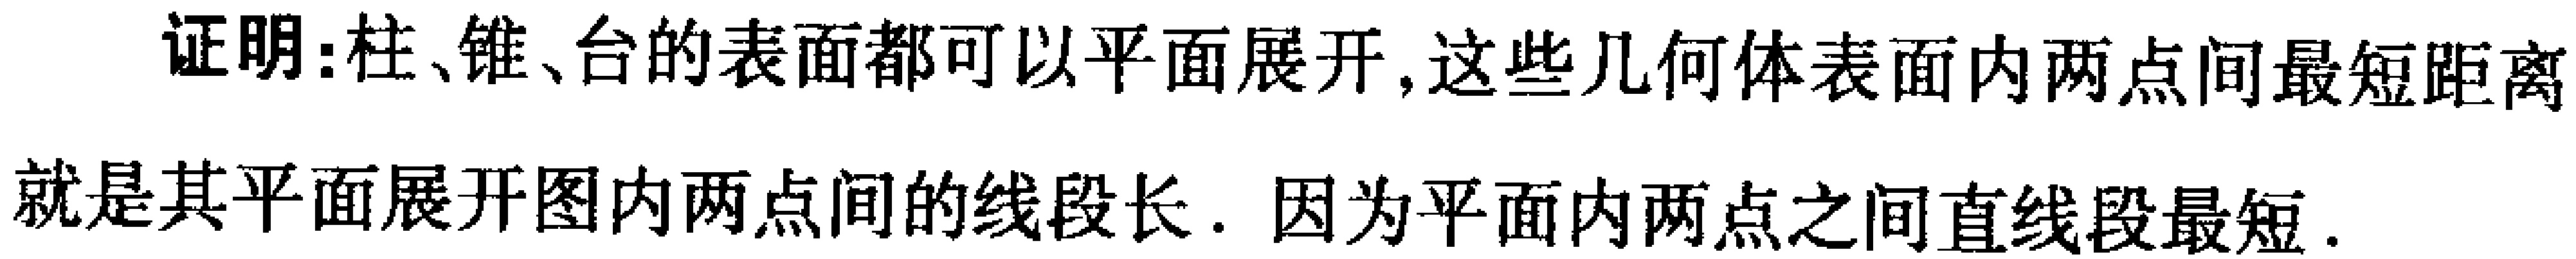
证明:柱、锥、台的表面都可以平面展开,这些几何体表面内两点间最短距离就是其平面展开图内两点间的线段长. 因为平面内两点之间直线段最短.